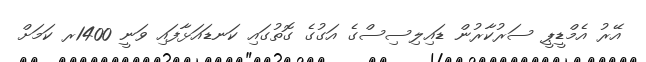
އޭރު އެމްޑީޕީ ސަރުކާރުން ޑައިލިސިސްގެ އަގުގެ ގޮތުގައި ކަނޑައަޅާފައި ވަނީ 1400ރ ކަމަށް